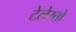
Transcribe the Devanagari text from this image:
टेलेस्तो